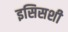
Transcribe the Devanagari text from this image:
इसिसशी